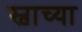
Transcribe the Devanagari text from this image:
स्वाच्या